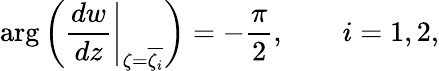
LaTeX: \arg\left(\left.\frac{dw}{dz}\right|_{\zeta=\overline{{\zeta_{i}}}}\right)=-\frac{\pi}{2},\qquad i=1,2,